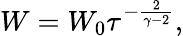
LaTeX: W=W_{0}\tau^{-{\frac{2}{\gamma-2}}},